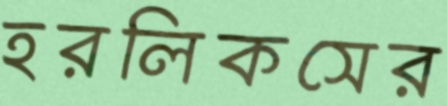
হরলিকসের